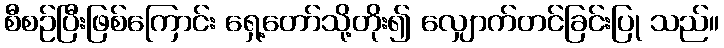
စီစဉ်ပြီးဖြစ်ကြောင်း ရှေ့တော်သို့တိုး၍ လျှောက်တင်ခြင်းပြု သည်။